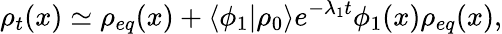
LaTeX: \rho_{t}(x)\simeq\rho_{eq}(x)+\langle\phi_{1}\rvert\rho_{0}\rangle e^{-\lambda_{1}t}\phi_{1}(x)\rho_{eq}(x),